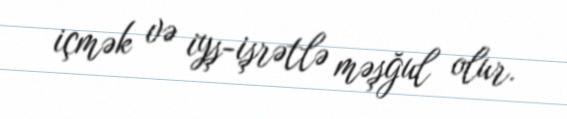
içmək və iyş-işrətlə məşğul olur.